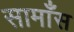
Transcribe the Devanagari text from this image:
सामाँस